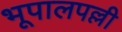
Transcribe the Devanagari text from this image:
भूपालपल्ली